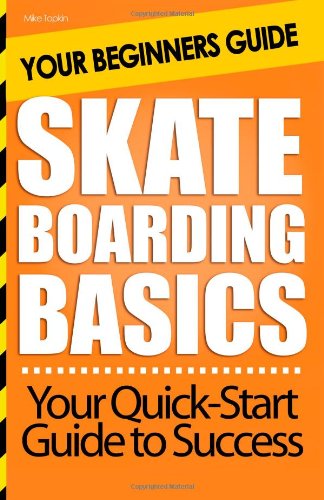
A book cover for Skateboarding Basics: Your Beginners Guide; Mike Topkin; Sports & Outdoors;